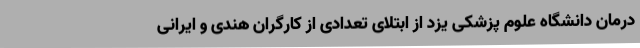
درمان دانشگاه علوم پزشکی یزد از ابتلای تعدادی از کارگران هندی و ایرانی